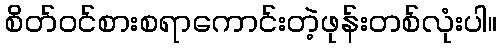
စိတ်ဝင်စားစရာကောင်းတဲ့ဖုန်းတစ်လုံးပါ။